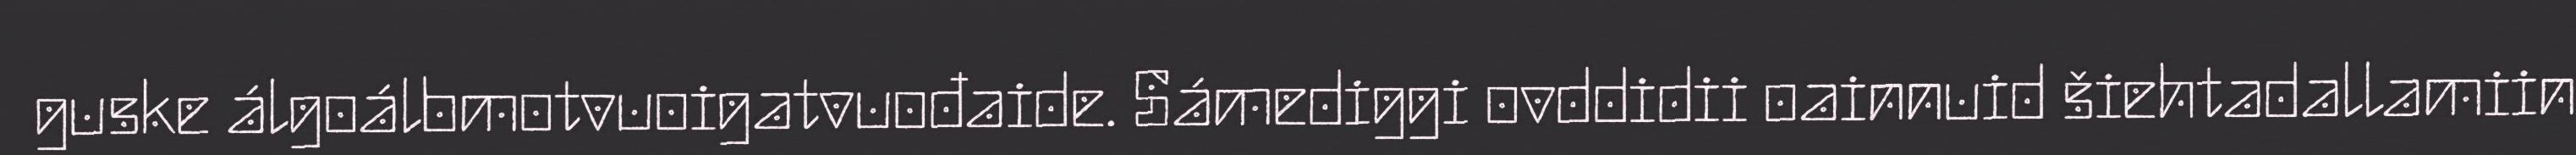
guske álgoálbmotvuoigatvuođaide. Sámediggi ovddidii oainnuid šiehtadallamiin